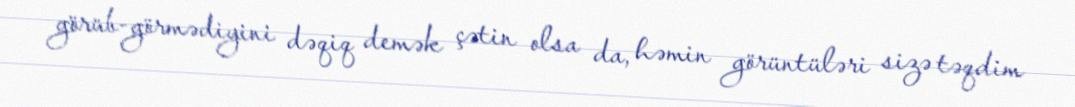
görüb-görmədiyini dəqiq demək çətin olsa da, həmin görüntüləri sizə təqdim